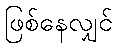
ဖြစ်နေလျှင်